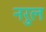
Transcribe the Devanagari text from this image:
नरुल